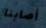
أصابنا